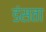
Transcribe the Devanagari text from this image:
डंसता